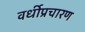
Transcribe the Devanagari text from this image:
वर्धीप्रचारण